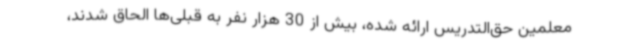
معلمین حق‌التدریس ارائه شده، بیش از 30 هزار نفر به قبلی‌ها الحاق شدند،